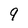
Character: 9